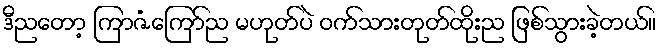
ဒီညတော့ ကြာဇံကြော်ည မဟုတ်ပဲ ဝက်သားတုတ်ထိုးည ဖြစ်သွားခဲ့တယ်။